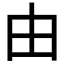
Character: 由